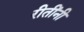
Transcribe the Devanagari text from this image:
रीतींनी